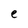
Character: e